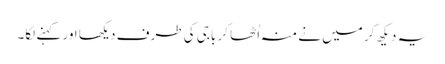
یہ دیکھ کر میں نے منہ اُٹھا کر باجی کی طرف دیکھا اور کہنے لگا۔